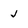
Character: j